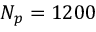
N _ { p } = 1 2 0 0